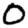
Digit: 0